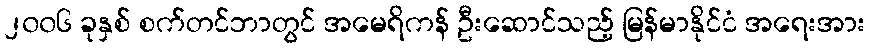
၂၀၀၆ ခုနှစ် စက်တင်ဘာတွင် အမေရိကန် ဦးဆောင်သည့် မြန်မာနိုင်ငံ အရေးအား